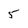
Character: 5